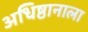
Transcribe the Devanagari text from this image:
अधिष्ठानाला